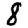
Digit: 8